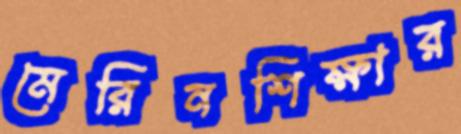
মেরিনশিক্ষার